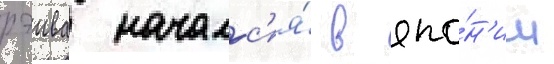
рэива началс'я́ в япо́н'ии